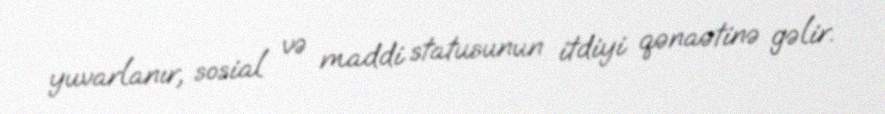
yuvarlanır, sosial və maddi statusunun itdiyi qənaətinə gəlir.